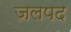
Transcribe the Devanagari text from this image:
जलपद